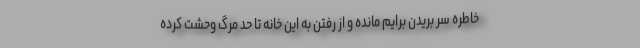
خاطره سر بریدن برایم مانده و از رفتن به این خانه تا حد مرگ وحشت کرده